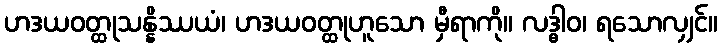
ဟဒယဝတ္ထုသန္နိဿယံ၊ ဟဒယဝတ္ထုဟူသော မှီရာကို။ လဒ္ဓါဝ၊ ရသောလျှင်။